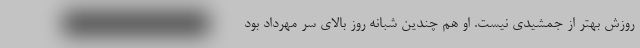
روزش بهتر از جمشیدی نیست. او هم چندین شبانه روز بالای سر مهرداد بود